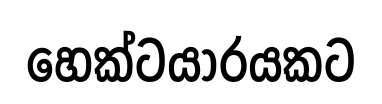
හෙක්ටයාරයකට